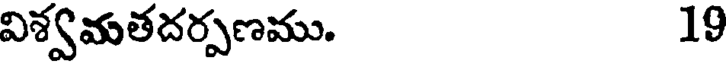
విశ్వమతదర్పణము. 19